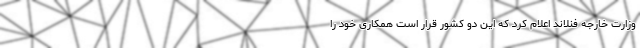
وزارت خارجه فنلاند اعلام کرد که این دو کشور قرار است همکاری خود را